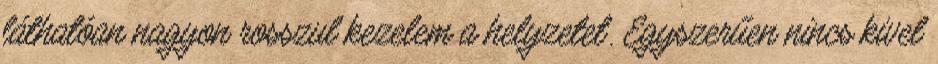
láthatóan nagyon rosszul kezelem a helyzetet. Egyszerűen nincs kivel